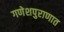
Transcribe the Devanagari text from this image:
गणेशपुराणात